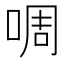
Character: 啁